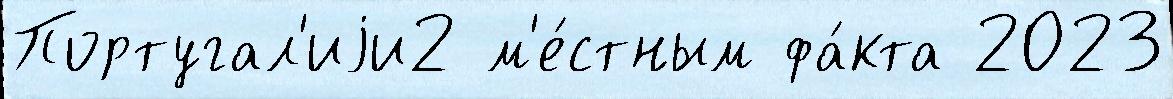
Португал'иjи2 м'е́стным фа́кта 2023